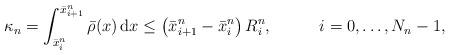
LaTeX: \begin{align*} &\kappa_n=\int_{\bar{x}_i^n}^{\bar{x}_{i+1}^n} \bar\rho(x) \,{\rm{d}} x \le \left(\bar{x}_{i+1}^n - \bar{x}_{i}^n\right) R_i^n ,& i=0,\ldots,N_n-1,\end{align*}